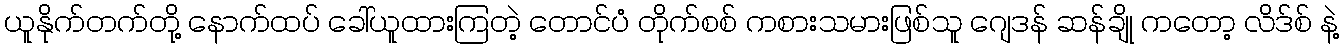
ယူနိုက်တက်တို့ နောက်ထပ် ခေါ်ယူထားကြတဲ့ တောင်ပံ တိုက်စစ် ကစားသမားဖြစ်သူ ဂျေဒန် ဆန်ချို ကတော့ လိဒ်စ် နဲ့